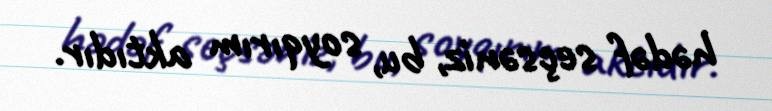
hədəf seçsəniz, bu, soyqırım aktıdır.